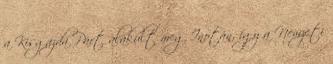
a Kisgazda Párt alakult meg Inotán, így a Nemzeti